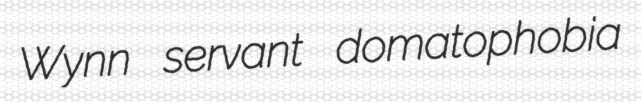
Wynn servant domatophobia